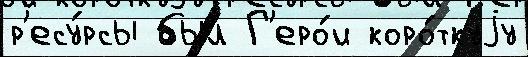
р'есу́рсы был Г'еро́и коро́ткуjу